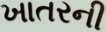
ખાતરની